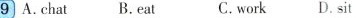
9 A.chat B.cat C.work D.sit